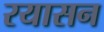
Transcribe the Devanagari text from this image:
रयासन